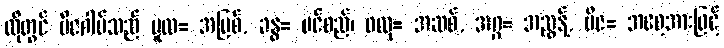
ထိုတွင် ဗီဇဂါမ်သည် မူလ= အမြစ်, ခန္ဓ= ပင်စည်၊ ဖလု= အဆစ်, အဂ္ဂ= အညွန့်, ဗီဇ= အစေ့အားဖြင့်